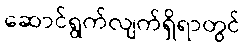
ဆောင်ရွက်လျက်ရှိရာတွင်